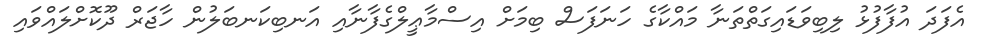
އެފަދަ އުފާފުޅު ލިބިވަޑައިގަތްތަނާ މައްކާގެ ހަނަފަސް ބިމަށް އިސްމާޢީލްގެފާނާއި އަނބިކަނބަލުން ހާޖަރް ދޫކޮށްލައްވައި